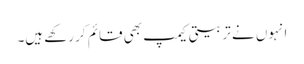
انہوں نے تربیتی کیمپ بھی قائم کر رکھے ہیں۔